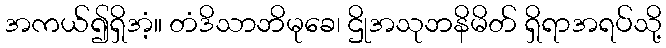
အကယ်၍ရှိအံ့။ တံဒိသာဘိမုခေ၊ ဌိုအသုဘနိမိတ် ရှိရာအရပ်သို့